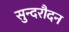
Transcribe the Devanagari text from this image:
सुन्दरौदन